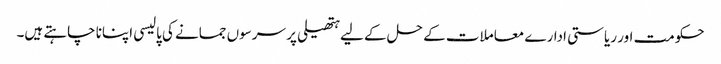
حکومت اور ریاستی ادارے معاملات کے حل کے لیے ہتھیلی پر سرسوں جمانے کی پالیسی اپنانا چاہتے ہیں۔